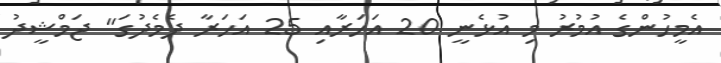
އެމީހުންގެ އުމުރު މި އުޅެނީ 20 އަހަރާއި 25 އަހަރާ ދެމެދުގަ" ޖަމްޝީދު